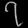
Digit: ၇